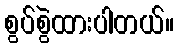
စွပ်စွဲထားပါတယ်။